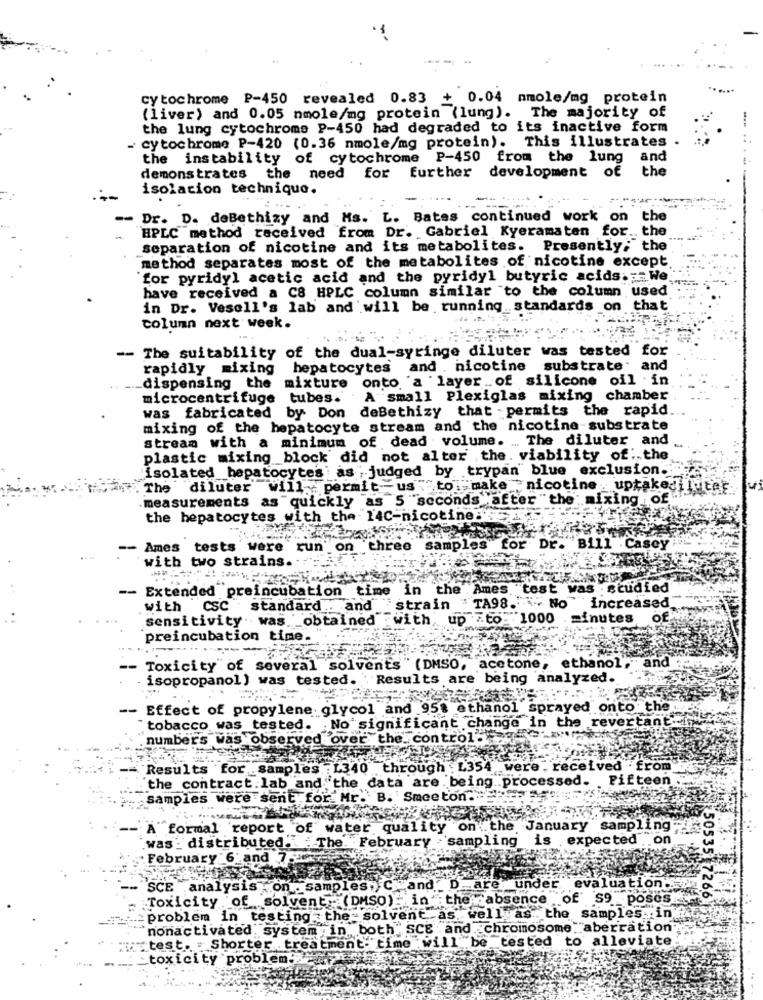
-
cytochrome P-450 revealed 0.83 + 0.04 mmole/mg protein
(liver) and 0.05 nmole/mg protein (lung). The majority of
the lung cytochrome P-450 had degraded to its inactive form
- cytochrome P-420 (0.36 nmole/mg protein). This illustrates
-.. ..
the instability of cytochrome P-450 from the lung and
demonstrates the need for further development of
the
.-
isolation technique.
-- Dr. D. deBethizy and Ms. L. Bates continued work on the
HPLC method received from Dr. Gabriel Kyeramaten for. t
separation of nicotine and its metabolites. Presently; the
method separates most of the metabolites of nicotine except
"for pyridyl acetic acid and the pyridyl butyric acids. ; We
have received a C8 HPLC column similar to the column used
in Dr. Vesell's lab and will be running standards on that
column next week.
-- The suitability of the dual-syringe diluter was tested for
rapidly mixing hepatocytes and . nicotine substrate and
_dispensing the mixture onto a layer of silicone oil in
microcentrifuge
tubes.
A small Plexiglas mixing chamber
was fabricated by Don deBethizy that - permits the rapid.
mixing of the hepatocyte stream and the nicotine substrate
stream with a minimum of dead volume. ... The diluter and
plastic mixing_block did not alter the. viability of: the
isolated_hepatocytes as judged by trypan blue exclusion."
The diluter will permit -us " to make .nicotine uptake Hinter.
measurements as quickly as 5 seconds after "the mixing of
the hepatocytes with the 14C-nicotine:
- Ames tests were run on 'three samples
for Dr.
Bill
.Ca
sey
with two strains.
-- Extended preincubation time in the Ames test was studied
TA98.
with CSC standard .. and strain
" No increased
sensitivity . was_ _ obtained
:with
up -to- 1000
minutes
Of
preincubation time.
several solvents " (DMSO, acetone, ethanol, and
Toxicity" of
isopropanol) was tested. Results are being analyzed.
-- Effect of propylene glycol and 95% ethanol sprayed onto the.
'significant change in the revertant.
tobacco was tested.
numbers was observed over
the_ control
Results for samples
: L340
rough : L354
were , received from
the contract.lab and the data are being .. processed.
Fifteen
samples were sent for
ee ton ..
A formal report of water quality on the January sampling
.was : distributed."
¿ The. February
~`sampling is
. expected on
February 6 and 7.
SCE analysis on samples, C_ and _D _are under evaluation.
:Toxicity of solvent (DMSO)" in" the absence of S9 poses
50535 7266
:problem in testing the solvent as well as. the samples in
nonactivated system in both" SCE and chromosome aberration
test. . Shorter treatment- time will be tested to alleviate
toxicity problem.